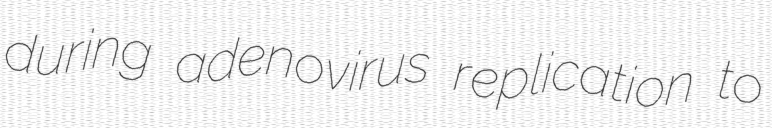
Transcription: during adenovirus replication to